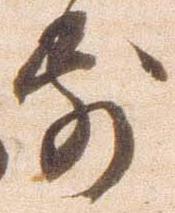
前